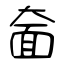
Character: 奤